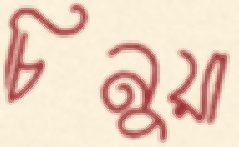
চিনুয়া